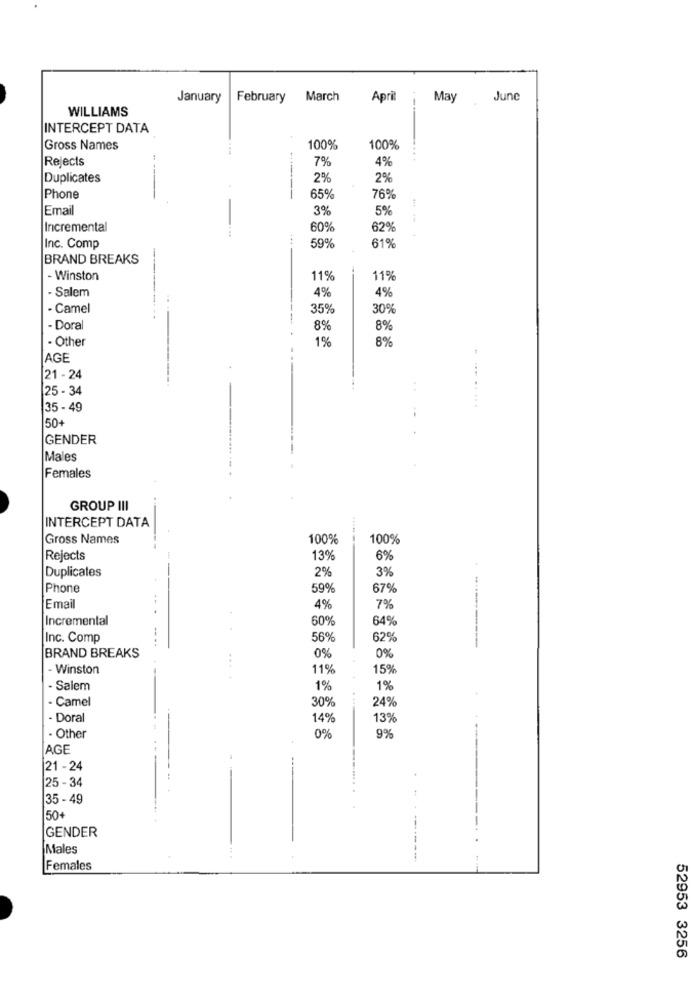
January
February March
April
May
June
WILLIAMS
INTERCEPT DATA
Gross Names
100%
100%
Rejects
7%
4%
Duplicates
2%
2%
---
76%
Phone
65%
Email
3%
5%
Incremental
60%
62%
59%
Inc. Comp
61%
BRAND BREAKS
- Winston
11%
11%
- Salem
4%
4%
- Camel
35%
30%
- Doral
8%
8%
- Other
8%
1%
AGE
21 - 24
25 - 34
35 - 49
50+
GENDER
Males
Females
GROUP III
INTERCEPT DATA
Gross Names
100%
100%
Rejects
13%
6%
Duplicates
2%
3%
Phone
59
67%
Email
4%
7%
Incremental
60%
64%
Inc. Comp
-...
56%
62%
BRAND BREAKS
0%
0%
- Winston
11%
15%
- Salem
1%
1%
- Camel
24%
- Doral
14%
13%
- Other
0%
9%
AGE
[21 - 24
25 -34
35 - 49
50+
GENDER
Males
Females
52953 3256